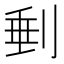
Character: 𠝶